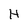
Character: H